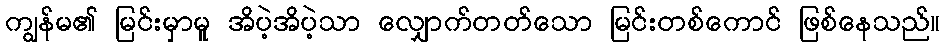
ကျွန်မ၏ မြင်းမှာမူ အိပဲ့အိပဲ့သာ လျှောက်တတ်သော မြင်းတစ်ကောင် ဖြစ်နေသည်။